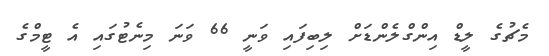
މެޗުގެ ލީޑް އިންގްލެންޑަށް ލިބިފައި ވަނީ 66 ވަނަ މިނެޓުގައި އެ ޓީމްގެ